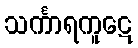
သင်္ကာရကူဋေ